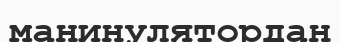
манинулятордан